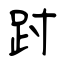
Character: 跗